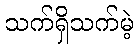
သက်ရှိသက်မဲ့